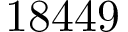
1 8 4 4 9